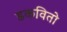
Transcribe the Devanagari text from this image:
डकवितो